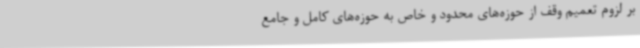
بر لزوم تعمیم وقف از حوزه‌های محدود و خاص به حوزه‌های کامل و جامع